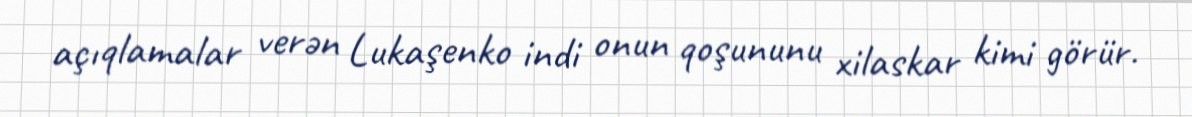
açıqlamalar verən Lukaşenko indi onun qoşununu xilaskar kimi görür.